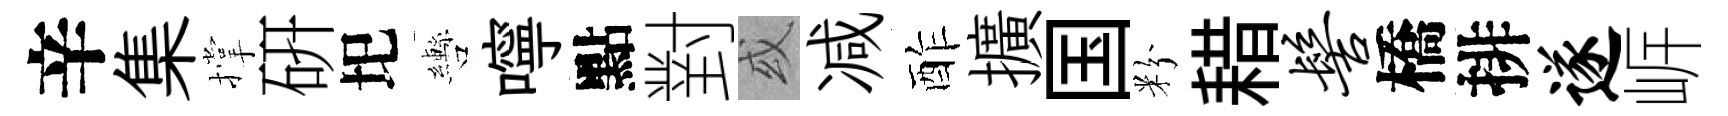
辛集撑硏圯轡嚀點對或减酢擴国粉耤髻橋排遂㟁